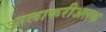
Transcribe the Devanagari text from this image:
आलाकरीअलक